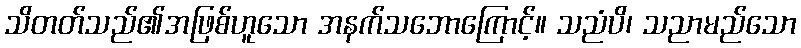
သိတတ်သည်၏အဖြစ်ဟူသော အနက်သဘောကြောင့်။ သညံပိ၊ သညာမည်သော